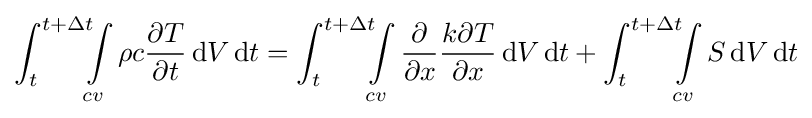
\int _{t}^{t+\Delta t}\!\!\!\int \limits _{cv}\rho c{\frac {\partial T}{\partial t}}\,\mathrm {d} V\,\mathrm {d} t=\int _{t}^{t+\Delta t}\!\!\!\int \limits _{cv}{\frac {\partial }{\partial x}}{\frac {k\partial T}{\partial x}}\,\mathrm {d} V\,\mathrm {d} t+\int _{t}^{t+\Delta t}\!\!\!\int \limits _{cv}S\,\mathrm {d} V\,\mathrm {d} t